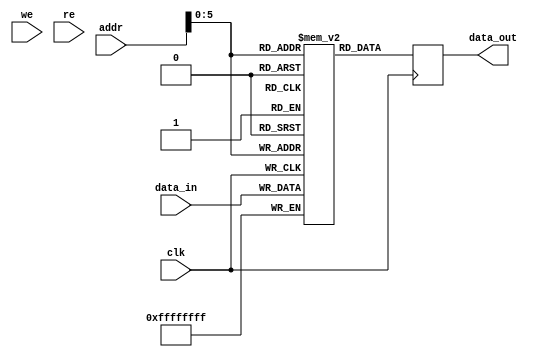
`timescale 1ns / 1ps
//////////////////////////////////////////////////////////////////////////////////
// Company: 
// Engineer: 
// 
// Design Name: 
// Module Name: data memory
// Project Name: 
// Target Devices: 
// Tool Versions: 
// Description: 
// 
// Dependencies: 
// 
// Revision:
// Revision 0.01 - File Created
// Additional Comments:
// 
//////////////////////////////////////////////////////////////////////////////////


module data_memory(
    input [31:0] addr, //      
    input [31:0] data_in, //     
    input we, // write enable   /
    input re, // read enable
    input clk,
    output reg [31:0] data_out // ,   
    );

reg [31:0] data_memory [63:0]; //    32 ,   64 

always @(posedge clk) begin
    data_memory[addr] <= data_in; //    
    data_out <= data_memory[addr]; //    
end

endmodule